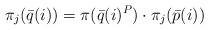
\begin{align*}\pi_j(\bar q(i))=\pi(\bar q(i)^P)\cdot \pi_j(\bar p(i))\end{align*}